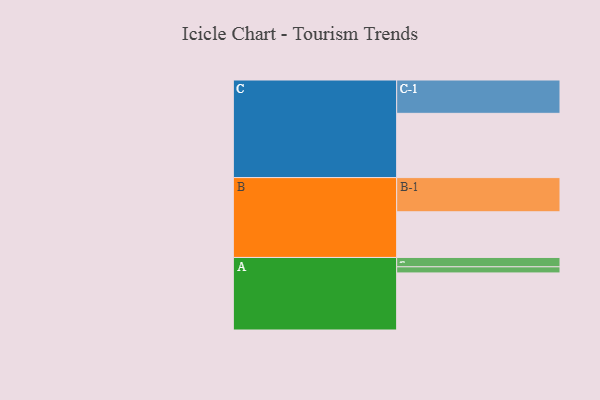
{"axis": {"x": "Segment", "y": "Value"}, "legend": ["", "A", "B", "C"], "data": [{"x": "A", "y": 476, "type": ""}, {"x": "B", "y": 381, "type": ""}, {"x": "C", "y": 536, "type": ""}, {"x": "A-1", "y": 78, "type": "A"}, {"x": "A-2", "y": 51, "type": "A"}, {"x": "B-1", "y": 285, "type": "B"}, {"x": "C-1", "y": 278, "type": "C"}]}